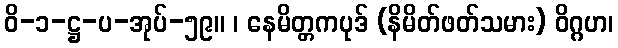
ဝိ-၁-ဋ္ဌ-ပ-အုပ်-၅၉။ ၊ နေမိတ္တကပုဒ် (နိမိတ်ဖတ်သမား) ဝိဂ္ဂဟ၊